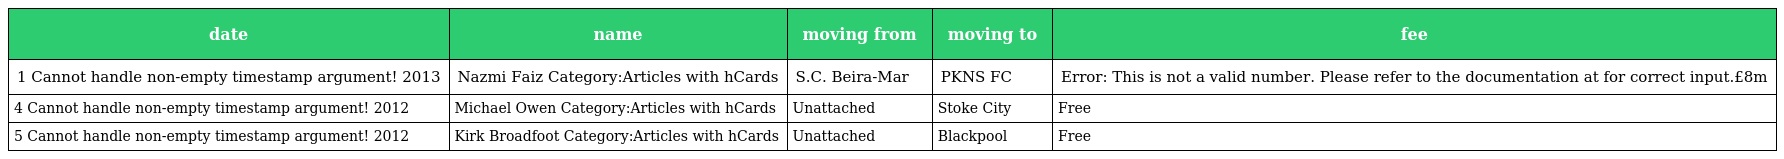
| date | name | moving from | moving to | fee |
 | --- | --- | --- | --- | --- |
 | 1 Cannot handle non-empty timestamp argument! 2013 | Nazmi Faiz Category:Articles with hCards | S.C. Beira-Mar | PKNS FC | Error: This is not a valid number. Please refer to the documentation at for correct input.£8m |
 | 4 Cannot handle non-empty timestamp argument! 2012 | Michael Owen Category:Articles with hCards | Unattached | Stoke City | Free |
 | 5 Cannot handle non-empty timestamp argument! 2012 | Kirk Broadfoot Category:Articles with hCards | Unattached | Blackpool | Free |